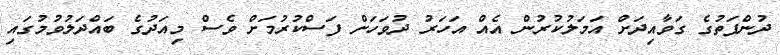
ދުންފަތުގެ ގަވާއިދަށް އަމަލުކުރުން އެއް އަހަރު ދުވަހަށް ފަސްކުރުމަށް ވެސް މިއަދުގެ ބައްދަލުވުމުގައި